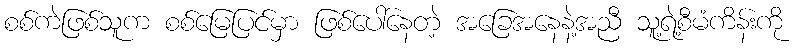
စစ်ကဲဖြစ်သူက စစ်မြေပြင်မှာ ဖြစ်ပေါ်နေတဲ့ အခြေအနေနဲ့အညီ သူ့ရဲ့စီမံကိန်းကို